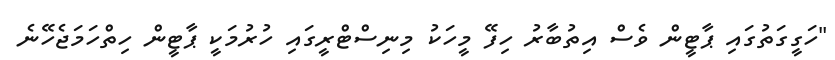
"ހަގީގަތުގައި ޕާޓީން ވެސް އިތުބާރު ހިފޭ މީހަކު މިނިސްޓްރީގައި ހުރުމަކީ ޕާޓީން ހިތްހަމަޖެހޭނެ